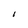
Character: I